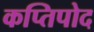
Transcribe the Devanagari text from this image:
कप्तिपोद